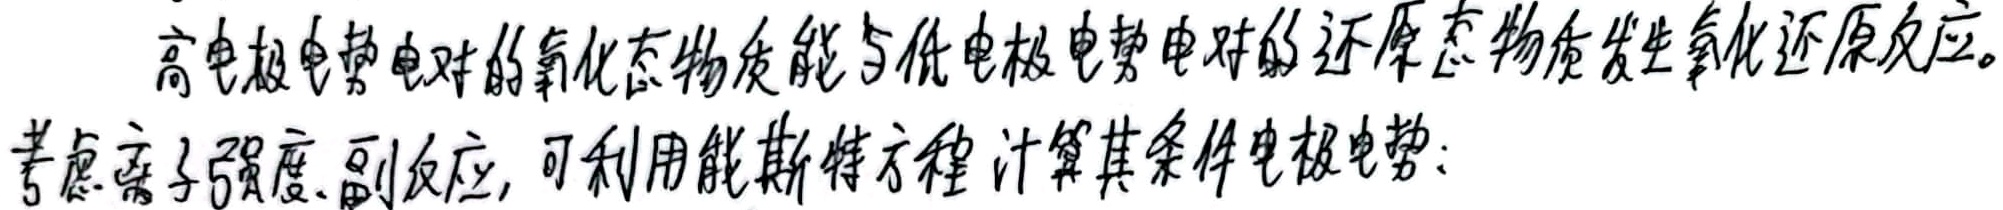
高电极电势电对的氧化态物质能与低电极电势电对的还原态物质发生氧化还原反应。考虑离子强度、副反应，可利用能斯特方程计算其条件电极电势：